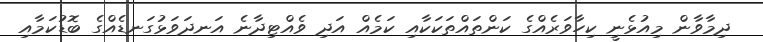
ދިމާވާން މިއުޅެނީ ކިހާވަރެއްގެ ކަންތައްތަކަކާއި ކަމެއް އަދި ވެއްޓިދާނެ އަނދަވަޅުގަނޑެއްގެ ބޮޑުކަމާއި